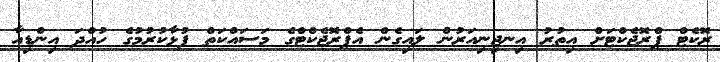
ރޮކެޓް ޕްރޮޖެކްޓަށް އިތުރު އިނޖިނިއަރުން ލައިގެން އެޕްރޮޖެކްޓްގެ މަސައްކަތް ފުޅާކުރުމުގެ ހުއްދަ އިންޑިއާ